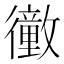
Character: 𢖜